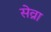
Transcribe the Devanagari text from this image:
सेव्रा